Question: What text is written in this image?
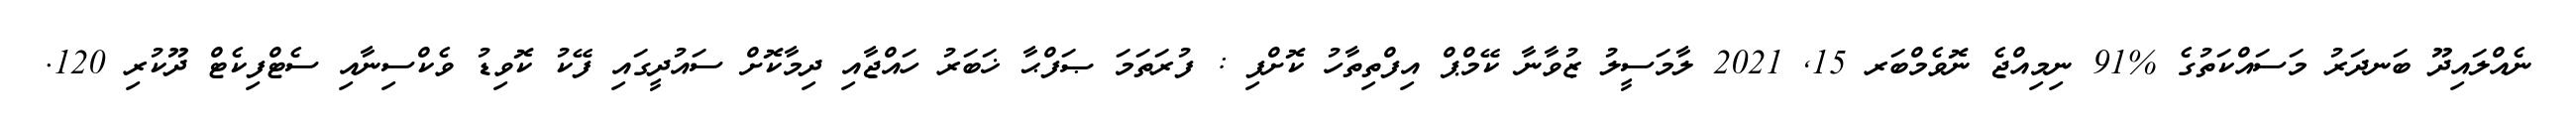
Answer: ނެއްލައިދޫ ބަނދަރު މަސައްކަތުގެ %91 ނިމިއްޖެ ނޮވެމްބަރ 15, 2021 ލާމަސީލު ޒުވާނާ ކޭމްޕް އިފްތިތާހު ކޮށްފި : ފުރަތަމަ ޞަފްޙާ ޚަބަރު ހައްޖާއި ދިމާކޮށް ސައުދީގައި ފޭކު ކޮވިޑު ވެކްސިނާއި ސެޓްފިކެޓް ދޫކުރި 120.